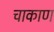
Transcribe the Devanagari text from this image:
चाकाण